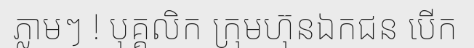
ភ្លាមៗ ! បុគ្គលិក ក្រុមហ៊ុនឯកជន បើក